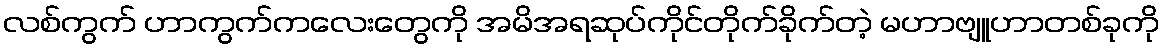
လစ်ကွက် ဟာကွက်ကလေးတွေကို အမိအရဆုပ်ကိုင်တိုက်ခိုက်တဲ့ မဟာဗျူဟာတစ်ခုကို